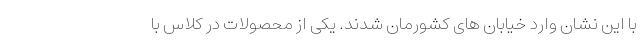
با این نشان وارد خیابان های کشورمان شدند. یکی از محصولات در کلاس با